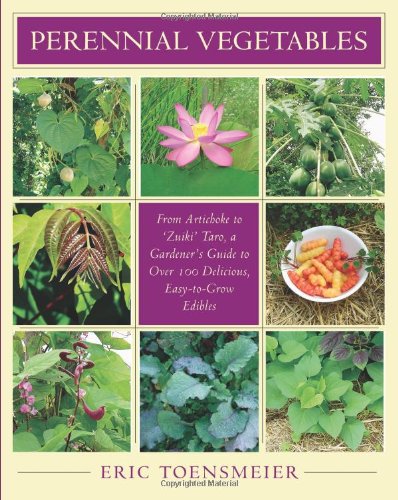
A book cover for Perennial Vegetables: From Artichokes to Zuiki Taro, A Gardener's Guide to Over 100 Delicious and Edibles; Eric Toensmeier; Crafts, Hobbies & Home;